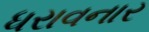
ધરાવનાર